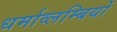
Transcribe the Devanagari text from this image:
धर्माव्लम्बियों